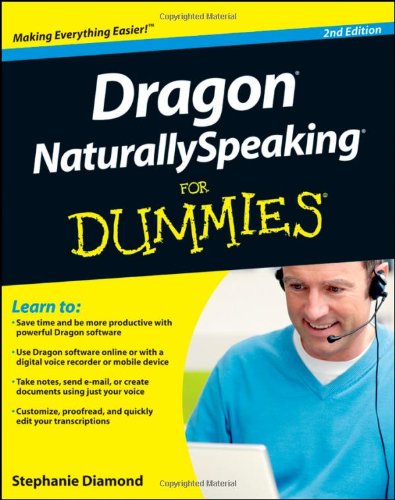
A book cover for Dragon NaturallySpeaking For Dummies; Stephanie Diamond; Computers & Technology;